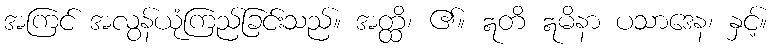
အကြင် အလွန်ယုံကြည်ခြင်းသည်။ အတ္ထိ၊ ၏။ ဣတိ ဣမိနာ ပသာဒေန၊ နှင့်။